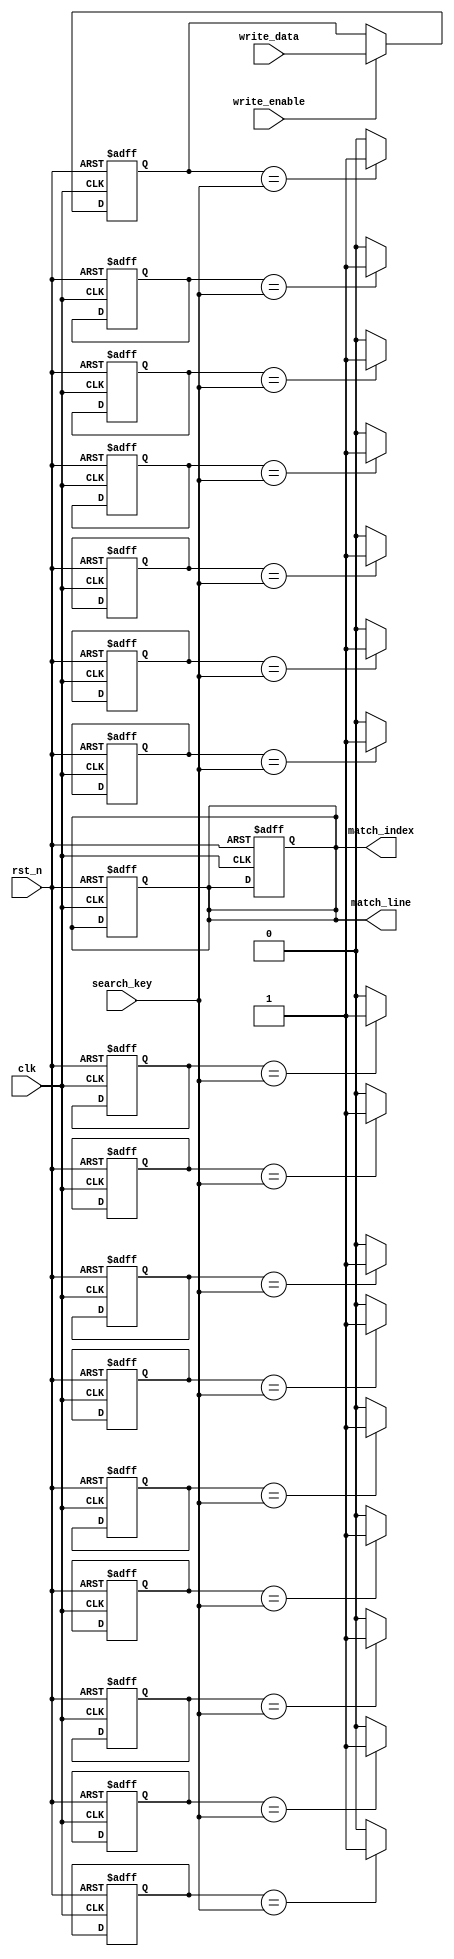
module energy_efficient_cam #(
    parameter WORD_SIZE = 8,  // Number of bits per entry
    parameter DEPTH = 16       // Number of entries
) (
    input wire clk,
    input wire rst_n,
    input wire [WORD_SIZE-1:0] search_key,
    input wire write_enable,
    input wire [WORD_SIZE-1:0] write_data,
    output reg [DEPTH-1:0] match_line,
    output reg [DEPTH-1:0] match_index
);

    // Memory array to store entries
    reg [WORD_SIZE-1:0] cam_array [0:DEPTH-1];

    // Internal signals
    integer i;

    // Asynchronous reset and write operation
    always @(posedge clk or negedge rst_n) begin
        if (!rst_n) begin
            // Reset CAM entries to zero
            for (i = 0; i < DEPTH; i = i + 1) begin
                cam_array[i] <= {WORD_SIZE{1'b0}};
            end
            match_line <= {DEPTH{1'b0}};
            match_index <= {DEPTH{1'b0}};
        end else if (write_enable) begin
            // Write data into CAM
            cam_array[0] <= write_data; // For simplicity, writing to the first entry
        end
    end

    // Search operation
    always @(*) begin
        match_line = {DEPTH{1'b0}};
        match_index = {DEPTH{1'b0}};
        for (i = 0; i < DEPTH; i = i + 1) begin
            if (cam_array[i] == search_key) begin
                match_line[i] = 1'b1; // Match found
                match_index[i] = 1'b1; // Mark index of match
            end
        end
    end

endmodule